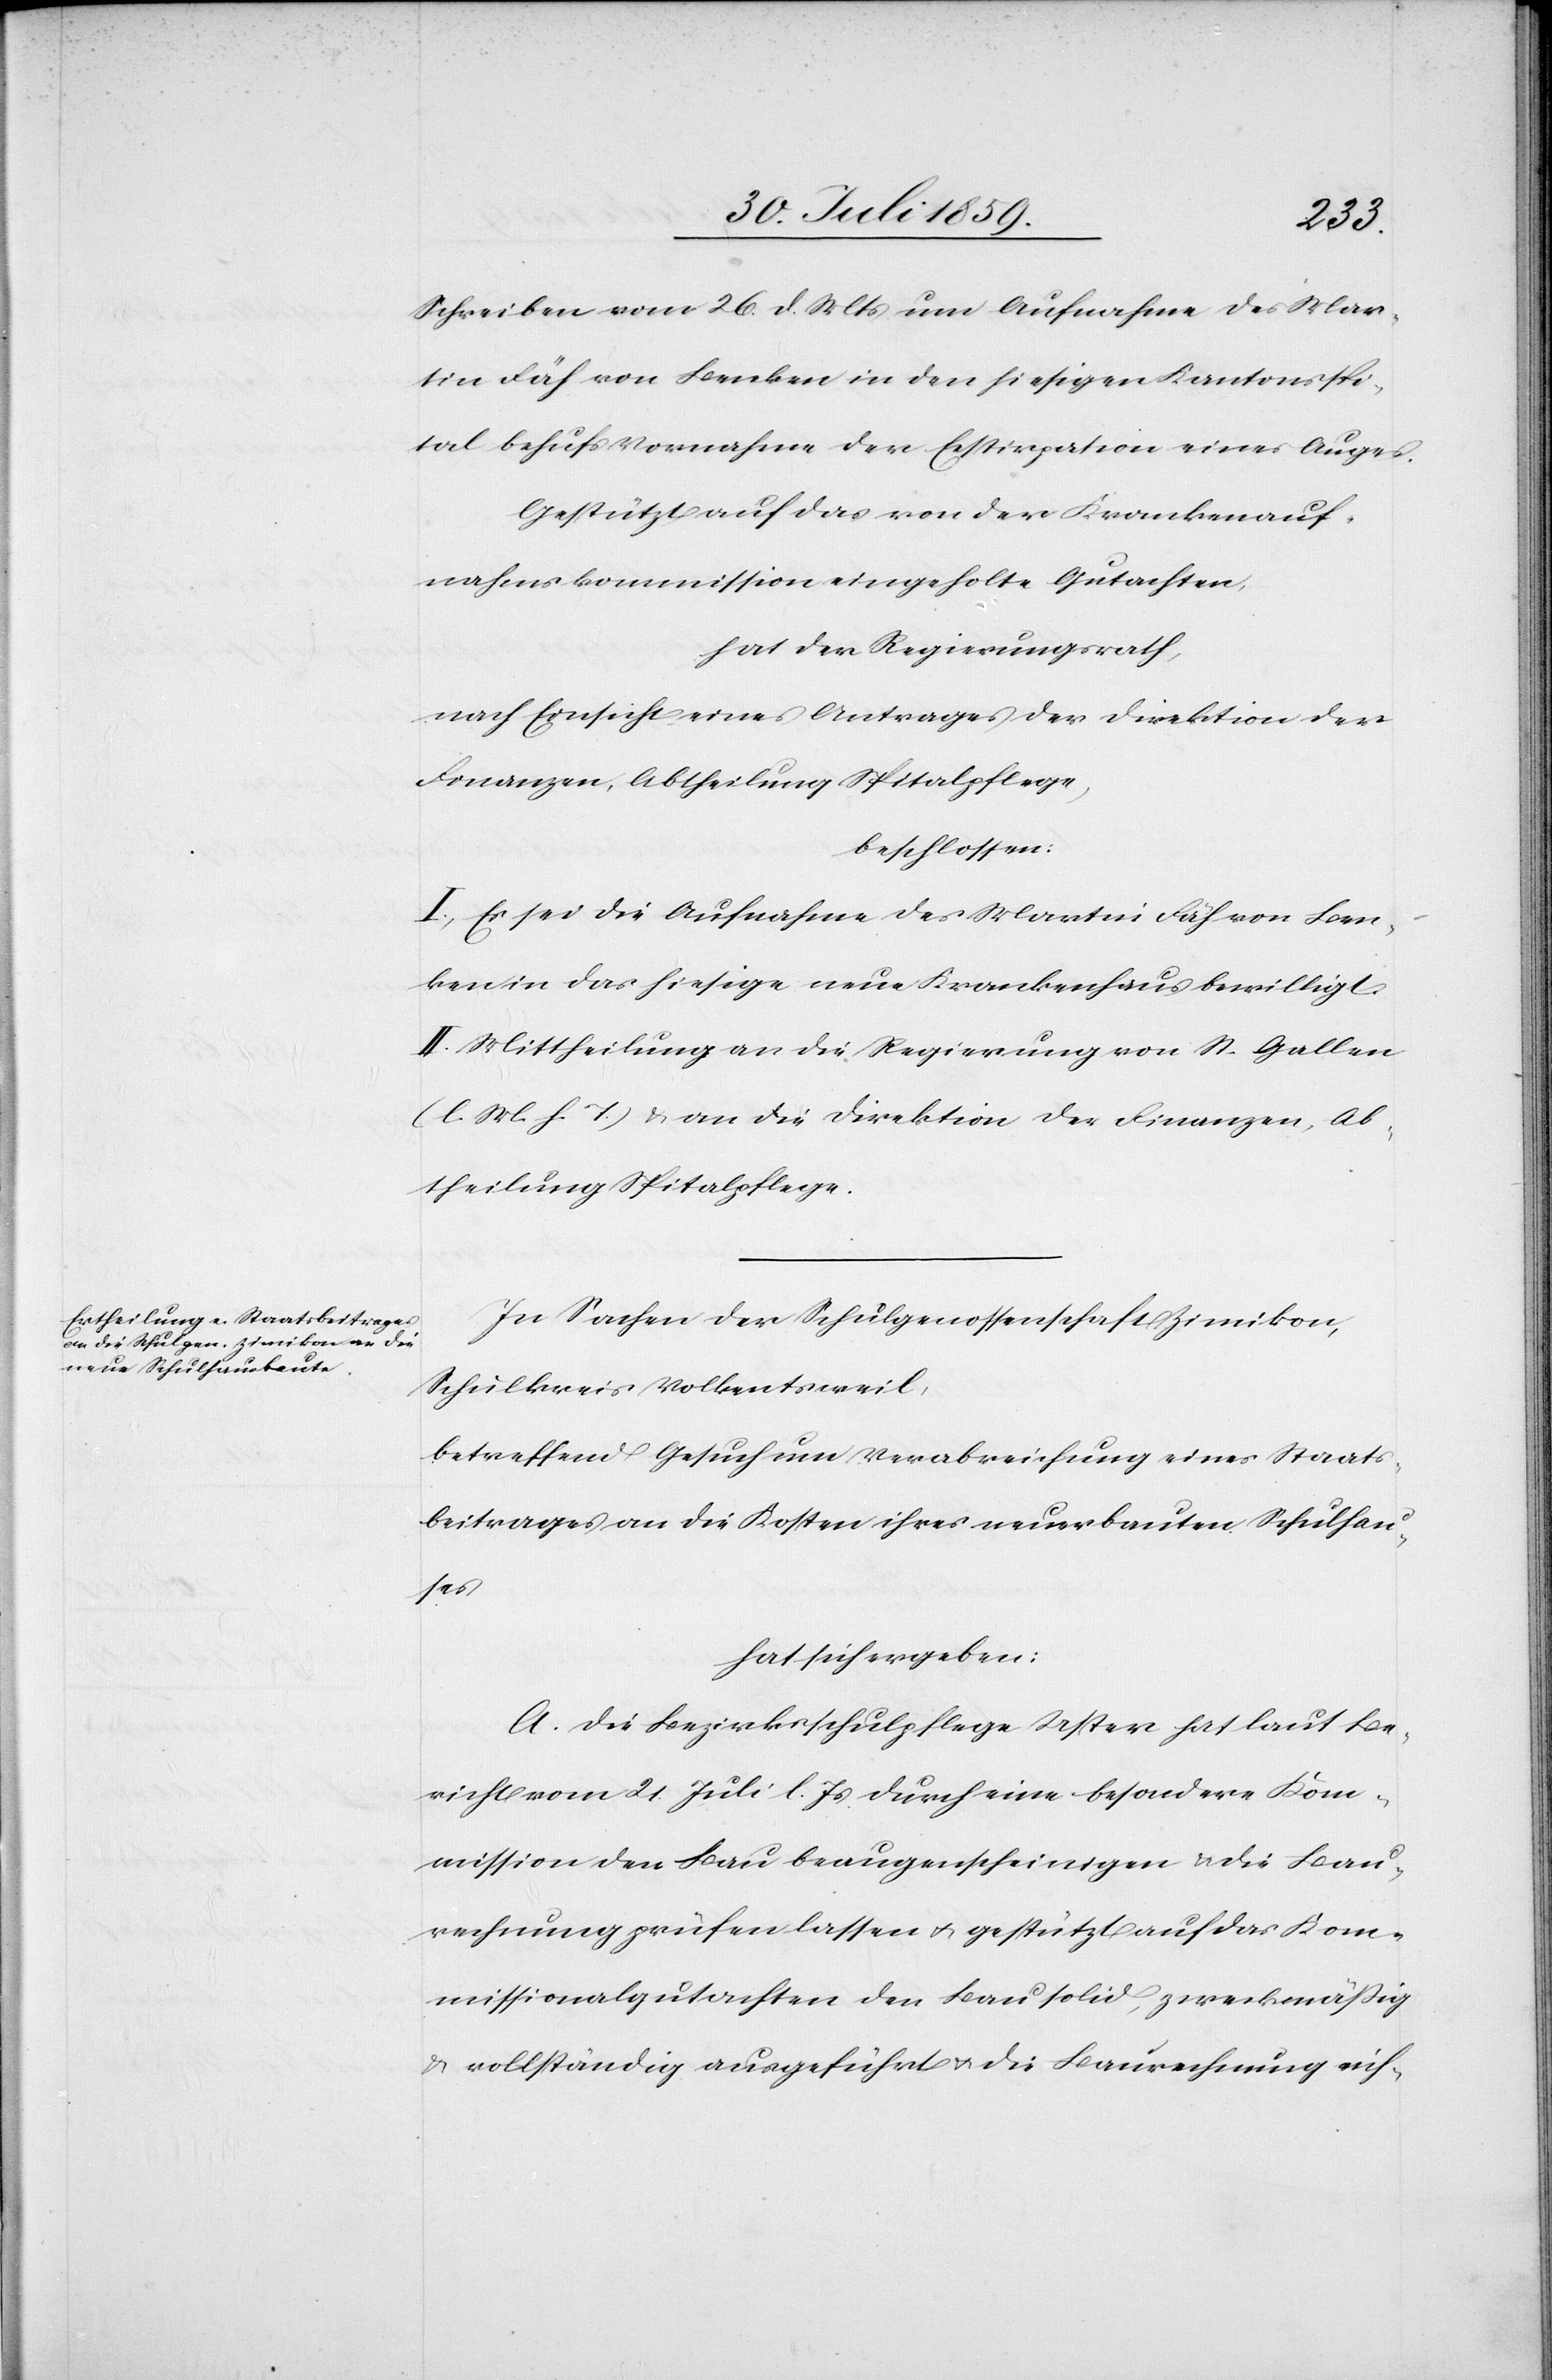
Schreiben vom 26. d. Mts. um Aufnahme des Mar¬
tin Fäh von Benken in den hiesigen Kantonsspi¬
tal behufs Vornahme der Exstirpation eines Auges.
Gestützt auf das von der Krankenauf¬
nahmskommission eingeholte Gutachten,
hat der Regierungsrath,
nach Einsicht eines Antrages der Direktion der
Finanzen, Abtheilung Spitalpflege,
beschlossen:
I. Es sei die Aufnahme des Martin Fäh von Ben¬
ken in das hiesige neue Krankenhaus bewilligt.
II. Mittheilung an die Regierung von St. Gallen
(l. M. h. T.) u. an die Direktion der Finanzen, Ab¬
theilung Spitalpflege.
In Sachen der Schulgenossenschaft Zimikon,
Schulkreis Volkentsweil,
betreffend Gesuch um Verabreichung eines Staats¬
beitrages an die Kosten ihres neuerbauten Schulhau¬
ses
hat sich ergeben:
A. Die Bezirksschulpflege Uster hat laut Be¬
richt vom 21. Juli l. Js. durch eine besondere Kom¬
mission den Bau beaugenscheinigen u. die Bau¬
rechnung prüfen lassen u. gestützt auf das Kom¬
missionalgutachten den Bau solid, zweckmäßig
u. vollständig ausgeführt u. die Baurechnung rich-